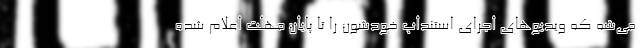
می‌شه که ویدیوهای اجرای استنداپ خودشون را تا پایان مهلت اعلام شده